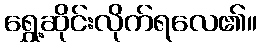
ရွှေ့ဆိုင်းလိုက်ရလေ၏။